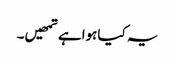
یہ کیاہواہے تمھیں۔